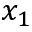
x _ { 1 }